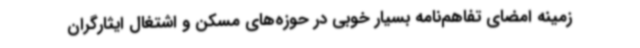
زمینه امضای تفاهم‌نامه بسیار خوبی در حوزه‌های مسکن و اشتغال ایثارگران